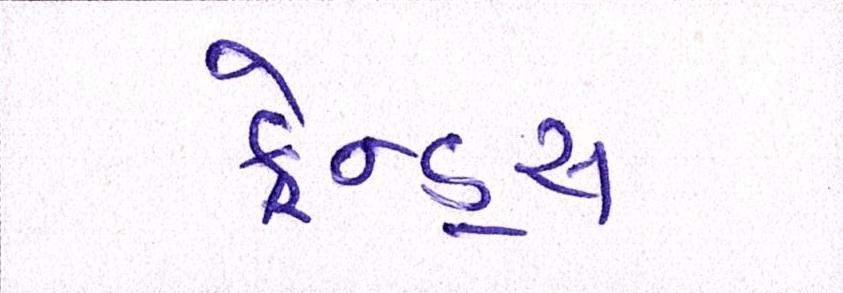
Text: ફ્રેન્ડ્સ